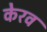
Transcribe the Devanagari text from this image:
केरव